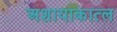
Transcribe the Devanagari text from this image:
अशायाकात्ल